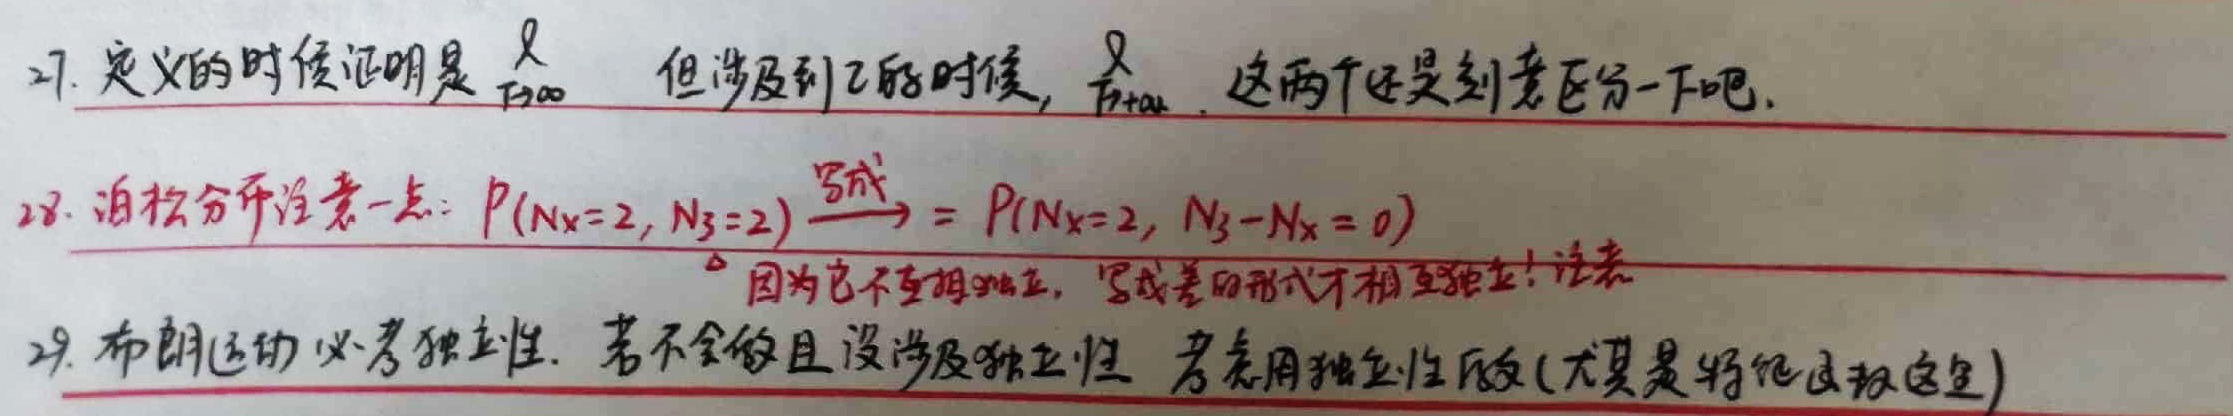
27. 定义的时候证明是 $\frac{1}{T \to \infty}$ 但涉及到乙醛时候， $\frac{1}{T + \alpha}$ 。这两个还是刻意区分一下吧。
28. 泊松分布注意一点：$P(N_X = 2, N_Y = 2)\xrightarrow{\text{写成}}P(N_X = 2, N_Y - N_X = 0)$ 因为它不相互独立，写成差的形式才相互独立！注意
29. 布朗运动必考独立性。若不会做且没涉及独立性 考虑用独立性做(大概是将范围选定)